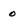
Character: 0